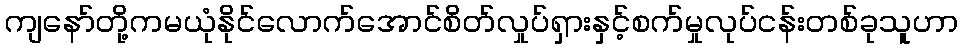
ကျနော်တို့ကမယုံနိုင်လောက်အောင်စိတ်လှုပ်ရှားနှင့်စက်မှုလုပ်ငန်းတစ်ခုသူဟာ